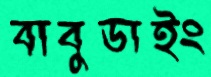
বাবুডাইং